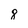
Character: 8